Medical and sanitary report on the native army of Bombay for the year
Year: 1877
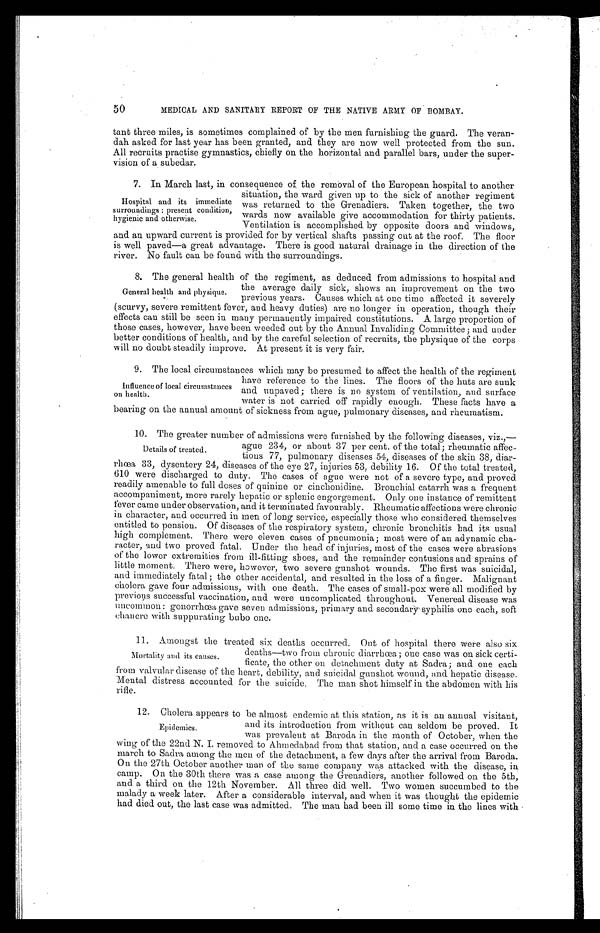
50
MEDICAL AND SANITARY REPORT OF THE NATIVE ARMY OF BOMBAY.
taut three miles, is sometimes complained of by the men furnishing the guard. The veran
-dah asked for last year has been granted, and they are now well protected from the sun.
All recruits practise gymnastics, chiefly on the horizontal and parallel bars, under the super-
-vision of a subedar.
7. In March last, in consequence of, the removal of the European hospital to another
situation, the ward. given up to the sick of another regiment
was returned to the Grenadiers. Taken together, the two
wards now available give accommodation for thirty patients.
Ventilation is accomplished. by opposite doors and windows,
and an upward current is provided for by vertical shafts passing out at the roof. The floor
is well paved—a great advantage. There is good natural drainage in the direction of the
river. No fault can be found with the surroundings.
8. The general health of the regiment, as deduced from admissions to hospital and
the average daily sick, shows an improvement on the two
previous years. Causes which at one time affected it severely
(scurvy, severe remittent fever, and heavy duties) are no longer in operation, though their
effects can still be seen in many permanently impaired constitutions. A large proportion of
those cases, however, have been weeded out by the Annual Invaliding Committee; and under
better conditions of health, and by the careful selection of recruits, the physique of the corps
will no doubt steadily improve. At present it is very fair.
9. The local circumstances which may be presumed to affect the health of the regiment
have reference to the lines. The floors of the huts are sunk
and unpaved; there is no system of ventilation, and surface
water is not carried off rapidly enough. These facts have a
bearing on the annual amount of sickness from ague, pulmonary diseases, and rheumatism.
10. The greater number of admissions were furnished by the following diseases, viz.,—
ague 234, or about 37 per cent of the total; rheumatic affec
-
tions 77, pulmonary diseases 54, diseases of the skin 38, diar
- r h œ a 3 3 , d y s e n t e r y 2 4 , d i s e a s e s o f t h e e y e 2 7 , i n j u r i e s 5 3 , d e b i l i t y 1 6 . O f t h e t o t a l t r e a t e d ,
610 were discharged to duty. The cases of ague were not of a severe type, and proved
readily amenable to full doses of quinine or cinchonidine. Bronchial catarrh was a frequent
accompaniment, more rarely hepatic or splenic engorgement. Only one instance of remittent
fever came under observation, and it terminated favourably. Rheumatic affections were chronic
in character, and occurred in men of long service, especially those who considered themselves
entitled to pension. Of diseases of the respiratory system, chronic bronchitis had its usual
high complement. There were eleven cases of pneumonia; most were of an adynamic cha
- r a c t e r , a n d t w o p r o v e d f a t a l . U n d e r t h e h e a d o f i n j u r i e s , m o s t o f t h e c a s e s w e r e a b r a s i o n s
of the lower extremities from ill-fitting shoes, and the remainder contusions and sprains of
little moment. There were, however, two severe gunshot wounds. The first was suicidal,
and immediately fatal; the other accidental, and resulted in the loss of a finger. Malignant
cholera gave four admissions, with one death. The cases of small-pox were all modified by
previous successful vaccination, and were uncomplicated throughout. Venereal disease was
uncommon: gonorrhœa gave seven admissions, primary and secondary-syphilis one each, soft
chancre with suppurating bubo one.
11. Amongst the treated six deaths occurred. Out of hospital there were also six
deaths—two from chronic diarrhœa; one case was on sick certi
-
ficate, the other on detachment duty at Sadra; and one each
from valvular disease of the heart, debility, and suicidal gunshot wound, and hepatic disease.
Mental distress accounted for the suicide. The man shot himself in the abdomen with his
rifle.
12. Cholera appears to be almost endemic at this station, as it is an annual visitant,
and its introduction from without can seldom be proved. It
was prevalent at Baroda in the month of October, when the
wing of the 22nd N. I. removed to Ahmedabad from that station, and a case occurred on the
march to Sadra among the men of the detachment, a few days after the arrival from Baroda.
On the 27th October another man of the same company was attacked with the disease, in.
camp. On the 30th there was a case among the Grenadiers, another followed on the 5th,
and a third on the 12th November. All three did well. Two women succumbed to the
malady a week later. After a considerable interval, and when it was thought the epidemic
had died out, the last case was admitted. The man had been. ill some time in the lines with
Hospital and its immediate
surroundings: present condition,
hygienic and otherwise.
General health and physique.
Influence of local circumstances
on health.
Details of treated.
Mortality and its causes.
Epidemics.